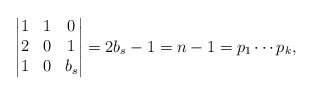
\begin{align*}\begin{vmatrix}1 & 1 & 0\\2 & 0 & 1\\1 & 0 & b_{s}\end{vmatrix}=2b_{s}-1=n-1=p_{1}\cdots p_{k},\end{align*}